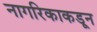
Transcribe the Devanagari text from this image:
नागरिकाकडून